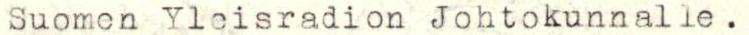
Suomen Yleisradion Johtokunnalle.